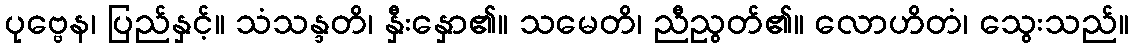
ပုဗ္ဗေန၊ ပြည်နှင့်။ သံသန္ဒတိ၊ နှီးနှော၏။ သမေတိ၊ ညီညွတ်၏။ လောဟိတံ၊ သွေးသည်။